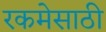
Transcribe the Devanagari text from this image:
रकमेसाठी